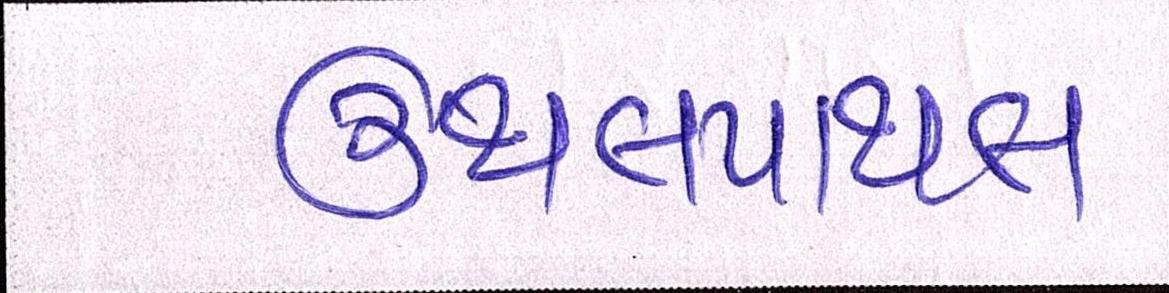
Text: ઉથલપાથલ